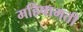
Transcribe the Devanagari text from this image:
महिषामती